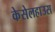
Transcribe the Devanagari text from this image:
केसेलहाउस